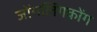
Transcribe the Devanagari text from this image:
जोंगलिंगकोंग